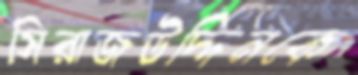
সিরাজউদ্দিনকে